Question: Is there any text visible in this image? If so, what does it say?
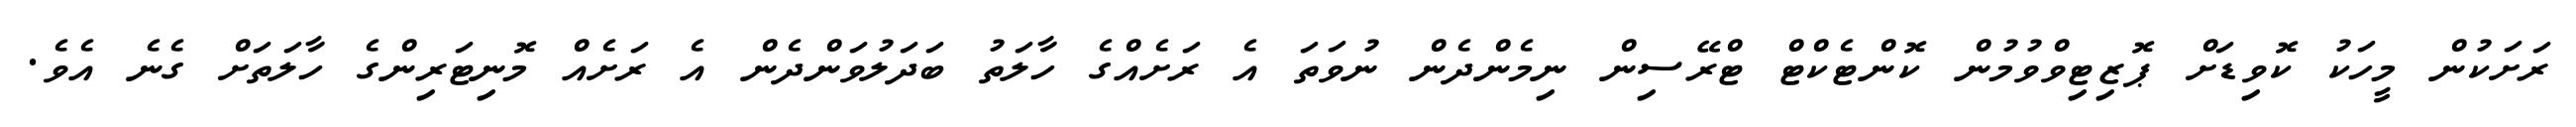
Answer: ރަށަކުން މީހަކު ކޮވިޑަށް ޕޮޒިޓިވްވުމުން ކޮންޓެކްޓް ޓްރޭސިން ނިމެންދެން ނުވަތަ އެ ރަށެއްގެ ހާލަތު ބަދަލުވަންދެން އެ ރަށެއް މޮނިޓަރިންގެ ހާލަތަށް ގެނެ އެވެ.